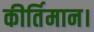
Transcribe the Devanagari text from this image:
कीर्तिमान।